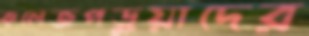
কলেজপড়ুয়াদের